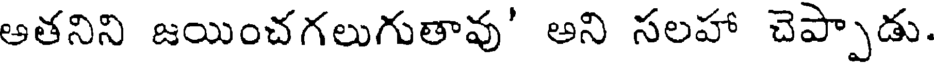
అతనిని జయించగలుగుతావు' అని సలహా చెప్పాడు.